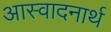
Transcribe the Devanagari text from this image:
आस्वादनार्थ